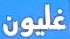
غليون